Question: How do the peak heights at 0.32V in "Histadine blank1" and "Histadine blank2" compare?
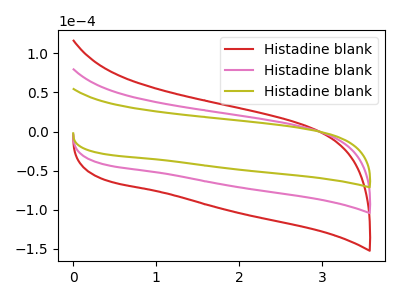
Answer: <think>The red curve "Histadine blank1" has no peaks. The pink curve "Histadine blank2" has no peaks. The olive curve "Histadine blank3" has no peaks.</think>
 <answer>"Histadine blank1" and "Histadine blank2" dont share a peak at 0.32V.</answer>
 <eval>mismatch</eval>